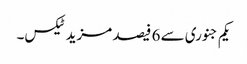
یکم جنوری سے 6 فیصد مزید ٹیکس۔